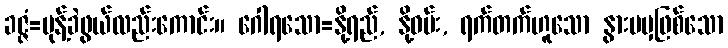
ခဇ္ဇံ=မုန့်ခဲဖွယ်လည်းကောင်း။ ဂေါရသော=နို့ရည်, နို့ဓမ်း, ရက်တက်ဟူသော နွားမမှဖြစ်သော